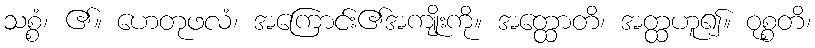
သစ္စံ၊ ၏။ ဟေတုဖလံ၊ အကြောင်း၏အကျိုးကို။ အတ္ထောတိ၊ အတ္ထဟူ၍။ ဝုစ္စတိ၊